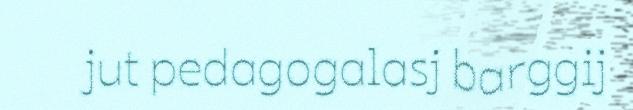
jut pedagogalasj barggij